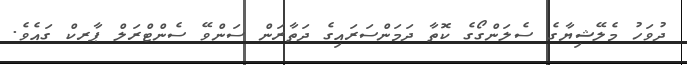
ދުވަހު މެލޭޝިޔާގެ ސެލަންގޯގެ ކޮތާ ދަމަންސަރައިގެ ދަތާރަން ސަންވޭ ސެންޓްރަލް ޕާރކް ގައެވެ.